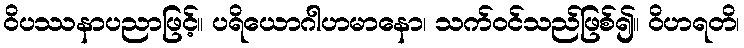
ဝိပဿနာပညာဖြင့်။ ပရိယောဂါဟမာနော၊ သက်ဝင်သည်ဖြစ်၍။ ဝိဟရတိ၊